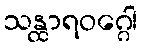
သန္ထာရဝဂ္ဂေါ